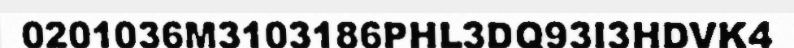
0201036M3103186PHL3DQ93I3HDVK4